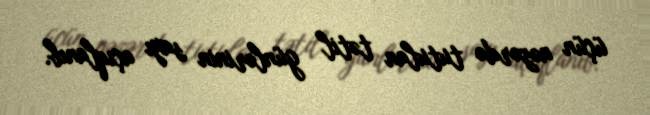
üçün nəzərdə tutulan tətil günlərinin sayı açıqlanıb.